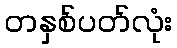
တနှစ်ပတ်လုံး